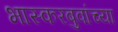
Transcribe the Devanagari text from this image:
भास्करबुवांच्या